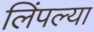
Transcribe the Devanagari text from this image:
लिंपल्या